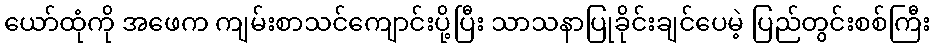
ယော်ထုံကို အဖေက ကျမ်းစာသင်ကျောင်းပို့ပြီး သာသနာပြုခိုင်းချင်ပေမဲ့ ပြည်တွင်းစစ်ကြီး